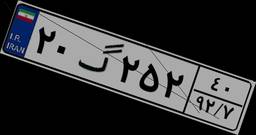
۲۰گ۲۵۲۴۰